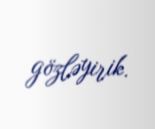
gözləyirik.